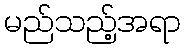
မည်သည့်အရာ